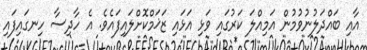
އާއި ބައްދަލުނުވުމުން އަމިއްލަ ކަރުގައި ވަޅި އަޅައި ޒަޚަމްކޮށްލައިފައެވެ. އެ ހާދިސާ ހިނގައިފައި